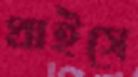
প্রাইসে